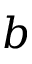
b